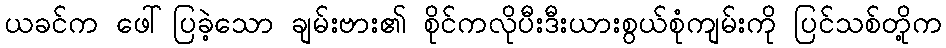
ယခင်က ဖေါ်ပြခဲ့သော ချမ်းဗား၏ စိုင်ကလိုပီးဒီးယားစွယ်စုံကျမ်းကို ပြင်သစ်တို့က